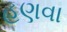
હણવા